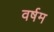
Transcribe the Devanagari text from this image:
वर्षम